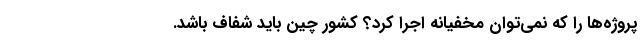
پروژه‌ها را که نمی‌توان مخفیانه اجرا کرد؟ کشور چین باید شفاف باشد.